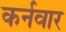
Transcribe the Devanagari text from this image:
कर्नवार